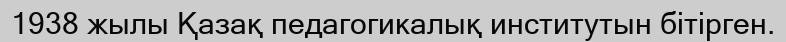
1938 жылы Қазақ педагогикалық институтын бітірген.